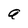
Character: a